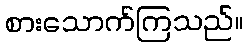
စားသောက်ကြသည်။